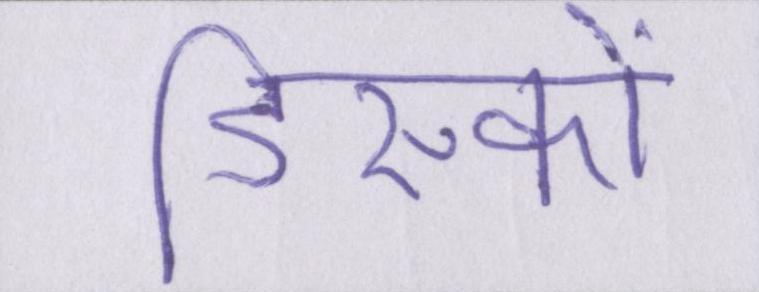
डिस्कों